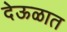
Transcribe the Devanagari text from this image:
देऊळात